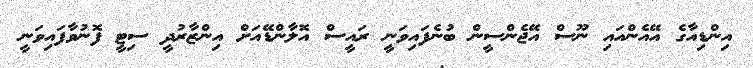
އިންޑިއާގެ އޭއެންއައި ނޫސް އޭޖެންސީން ބުނެފައިވަނީ ރައީސް އޮލާންޑޭއަށް އިންޒާރުދީ ސިޓީ ފޮނުވާފައިވަނީ